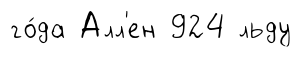
го́да Алл'ен 924 льду